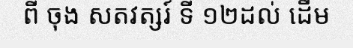
ពី ចុង សតវត្សរ៍ ទី ១២ដល់ ដើម